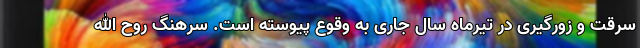
سرقت و زورگیری در تیرماه سال جاری به وقوع پیوسته است. سرهنگ روح الله